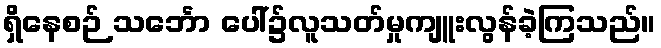
ရှိနေစဉ် သင်္ဘော ပေါ်၌လူသတ်မှုကျူးလွန်ခဲ့ကြသည်။